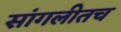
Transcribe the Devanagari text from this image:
सांगलीतच